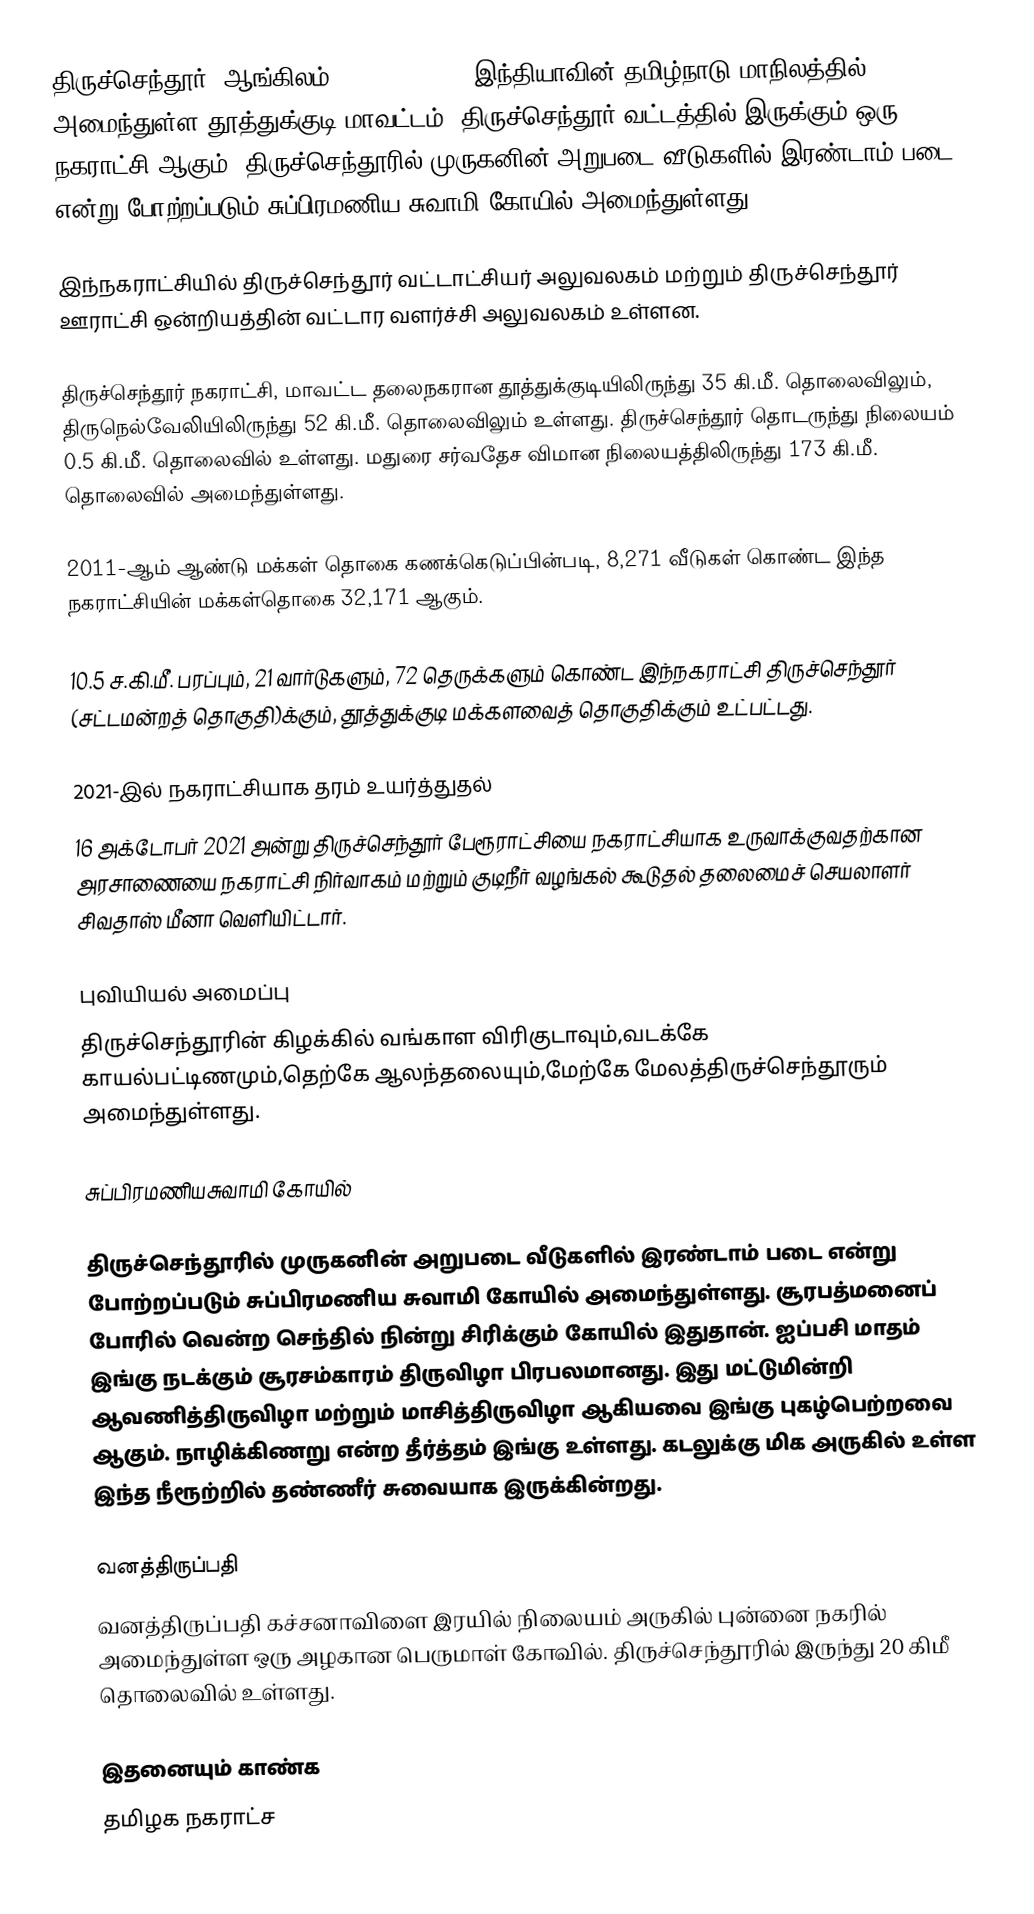
திருச்செந்தூர் (ஆங்கிலம்:Thiruchendur), இந்தியாவின் தமிழ்நாடு மாநிலத்தில் அமைந்துள்ள தூத்துக்குடி மாவட்டம், திருச்செந்தூர் வட்டத்தில் இருக்கும் ஒரு நகராட்சி ஆகும். திருச்செந்தூரில் முருகனின் அறுபடை வீடுகளில் இரண்டாம் படை என்று போற்றப்படும் சுப்பிரமணிய சுவாமி கோயில் அமைந்துள்ளது.

இந்நகராட்சியில் திருச்செந்தூர் வட்டாட்சியர் அலுவலகம் மற்றும் திருச்செந்தூர் ஊராட்சி ஒன்றியத்தின் வட்டார வளர்ச்சி அலுவலகம் உள்ளன.

திருச்செந்தூர் நகராட்சி, மாவட்ட தலைநகரான தூத்துக்குடியிலிருந்து 35 கி.மீ. தொலைவிலும், திருநெல்வேலியிலிருந்து 52 கி.மீ. தொலைவிலும் உள்ளது. திருச்செந்தூர் தொடருந்து நிலையம் 0.5 கி.மீ. தொலைவில் உள்ளது. மதுரை சர்வதேச விமான நிலையத்திலிருந்து 173 கி.மீ. தொலைவில் அமைந்துள்ளது.

2011-ஆம் ஆண்டு மக்கள் தொகை கணக்கெடுப்பின்படி, 8,271 வீடுகள் கொண்ட இந்த நகராட்சியின் மக்கள்தொகை 32,171 ஆகும்.

10.5 ச.கி.மீ. பரப்பும், 21 வார்டுகளும், 72 தெருக்களும் கொண்ட இந்நகராட்சி  திருச்செந்தூர் (சட்டமன்றத் தொகுதி)க்கும், தூத்துக்குடி மக்களவைத் தொகுதிக்கும் உட்பட்டது.

2021-இல் நகராட்சியாக தரம் உயர்த்துதல்
16 அக்டோபர் 2021 அன்று திருச்செந்தூர் பேரூராட்சியை நகராட்சியாக உருவாக்குவதற்கான அரசாணையை  நகராட்சி நிர்வாகம் மற்றும் குடிநீர் வழங்கல் கூடுதல் தலைமைச் செயலாளர் சிவதாஸ் மீனா வெளியிட்டார்.

புவியியல் அமைப்பு
திருச்செந்தூரின் கிழக்கில் வங்காள விரிகுடாவும்,வடக்கே காயல்பட்டிணமும்,தெற்கே ஆலந்தலையும்,மேற்கே மேலத்திருச்செந்தூரும் அமைந்துள்ளது.

சுப்பிரமணியசுவாமி கோயில்

திருச்செந்தூரில் முருகனின் அறுபடை வீடுகளில் இரண்டாம் படை என்று போற்றப்படும் சுப்பிரமணிய சுவாமி கோயில் அமைந்துள்ளது. சூரபத்மனைப் போரில் வென்ற செந்தில் நின்று சிரிக்கும் கோயில் இதுதான். ஐப்பசி மாதம் இங்கு நடக்கும் சூரசம்காரம் திருவிழா பிரபலமானது. இது மட்டுமின்றி ஆவணித்திருவிழா மற்றும் மாசித்திருவிழா ஆகியவை இங்கு புகழ்பெற்றவை ஆகும். நாழிக்கிணறு என்ற தீர்த்தம் இங்கு உள்ளது. கடலுக்கு மிக அருகில் உள்ள இந்த நீரூற்றில் தண்ணீர் சுவையாக இருக்கின்றது.

வனத்திருப்பதி
வனத்திருப்பதி கச்சனாவிளை இரயில் நிலையம் அருகில் புன்னை நகரில் அமைந்துள்ள ஒரு அழகான பெருமாள் கோவில். திருச்செந்தூரில் இருந்து 20 கிமீ தொலைவில் உள்ளது.

இதனையும் காண்க
தமிழக நகராட்ச